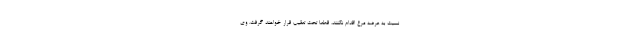
نسبت به عرضه مرغ اقدام نکنند، قطعا تحت تعقیب قرار خواهند گرفت. وی